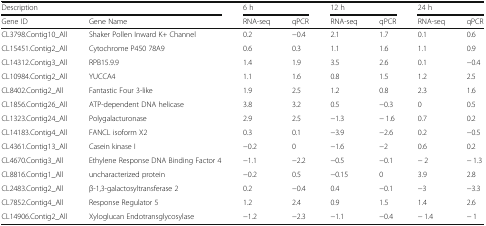
| <COLSPAN=2> Description | <COLSPAN=2> 6 h | <COLSPAN=2> 12 h | <COLSPAN=2> 24 h |
 | Gene ID | Gene Name | RNA-seq | qPCR | RNA-seq | qPCR | RNA-seq | qPCR |
 | --- | --- | --- | --- | --- | --- | --- | --- |
 | CL3798.Contig10_All | Shaker Pollen Inward K+ Channel | 0.2 | −0.4 | 2.1 | 1.7 | 0.1 | 0.6 |
 | CL15451.Contig2_All | Cytochrome P450 78A9 | 0.6 | 0.3 | 1.1 | 1.6 | 1.1 | 0.9 |
 | CL14312.Contig3_All | RPB15.9.9 | 1.4 | 1.9 | 3.5 | 2.6 | 0.1 | −0.4 |
 | CL10984.Contig2_All | YUCCA4 | 1.1 | 1.6 | 0.8 | 1.5 | 1.2 | 2.5 |
 | CL8402.Contig2_All | Fantastic Four 3-like | 1.9 | 2.5 | 1.2 | 0.8 | 2.3 | 1.6 |
 | CL1856.Contig26_All | ATP-dependent DNA helicase | 3.8 | 3.2 | 0.5 | −0.3 | 0 | 0.5 |
 | CL1323.Contig24_All | Polygalacturonase | 2.9 | 2.5 | −1.3 | − 1.6 | 0.7 | 0.2 |
 | CL14183.Contig4_All | FANCL isoform X2 | 0.3 | 0.1 | −3.9 | −2.6 | 0.2 | −0.5 |
 | CL4361.Contig13_All | Casein kinase I | −0.2 | 0 | −1.6 | −2 | 0.6 | 0.2 |
 | CL4670.Contig3_All | Ethylene Response DNA Binding Factor 4 | −1.1 | −2.2 | −0.5 | −0.1 | − 2 | − 1.3 |
 | CL8816.Contig1_All | uncharacterized protein | −0.2 | 0.5 | −0.15 | 0 | 3.9 | 2.8 |
 | CL2483.Contig2_All | β-1,3-galactosyltransferase 2 | 0.2 | −0.4 | 0.4 | −0.1 | −3 | −3.3 |
 | CL7852.Contig4_All | Response Regulator 5 | 1.2 | 2.4 | 0.9 | 1.5 | 1.4 | 2.6 |
 | CL14906.Contig2_All | Xyloglucan Endotransglycosylase | −1.2 | −2.3 | −1.1 | −0.4 | − 1.4 | − 1 |